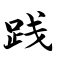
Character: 践